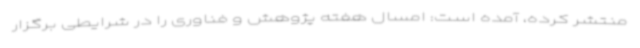
منتشر کرده، آمده است: امسال هفته پژوهش و فناوری را در شرایطی برگزار